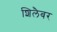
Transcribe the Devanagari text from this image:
शिलैबर